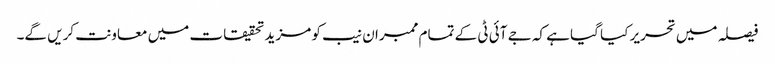
فیصلہ میں تحریر کیا گیا ہے کہ جے آئی ٹی کے تمام ممبران نیب کو مزید تحقیقات میں معاونت کریں گے۔